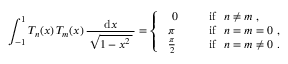
\int _ { - 1 } ^ { 1 } T _ { n } ( x ) \, T _ { m } ( x ) \, { \frac { \mathrm { d } x } { \, { \sqrt { 1 - x ^ { 2 } \, } } \, } } = { \left\{ \begin{array} { l l } { ~ ~ 0 \quad } & { ~ { \mathrm { ~ i f ~ } } ~ n \neq m ~ , } \\ { \ \pi \quad } & { ~ { \mathrm { ~ i f ~ } } ~ n = m = 0 ~ , } \\ { \ { \frac { \pi } { 2 } } \quad } & { ~ { \mathrm { ~ i f ~ } } ~ n = m \neq 0 ~ . } \end{array} \right. }